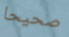
صحيحا